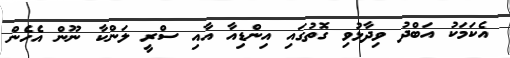
އެކަމަކު އަބްދު ވިދާޅުވި ގޮތުގައި އިންޑިއާ އާއި ސްރީ ލަންކާ ނޫން އެހެން